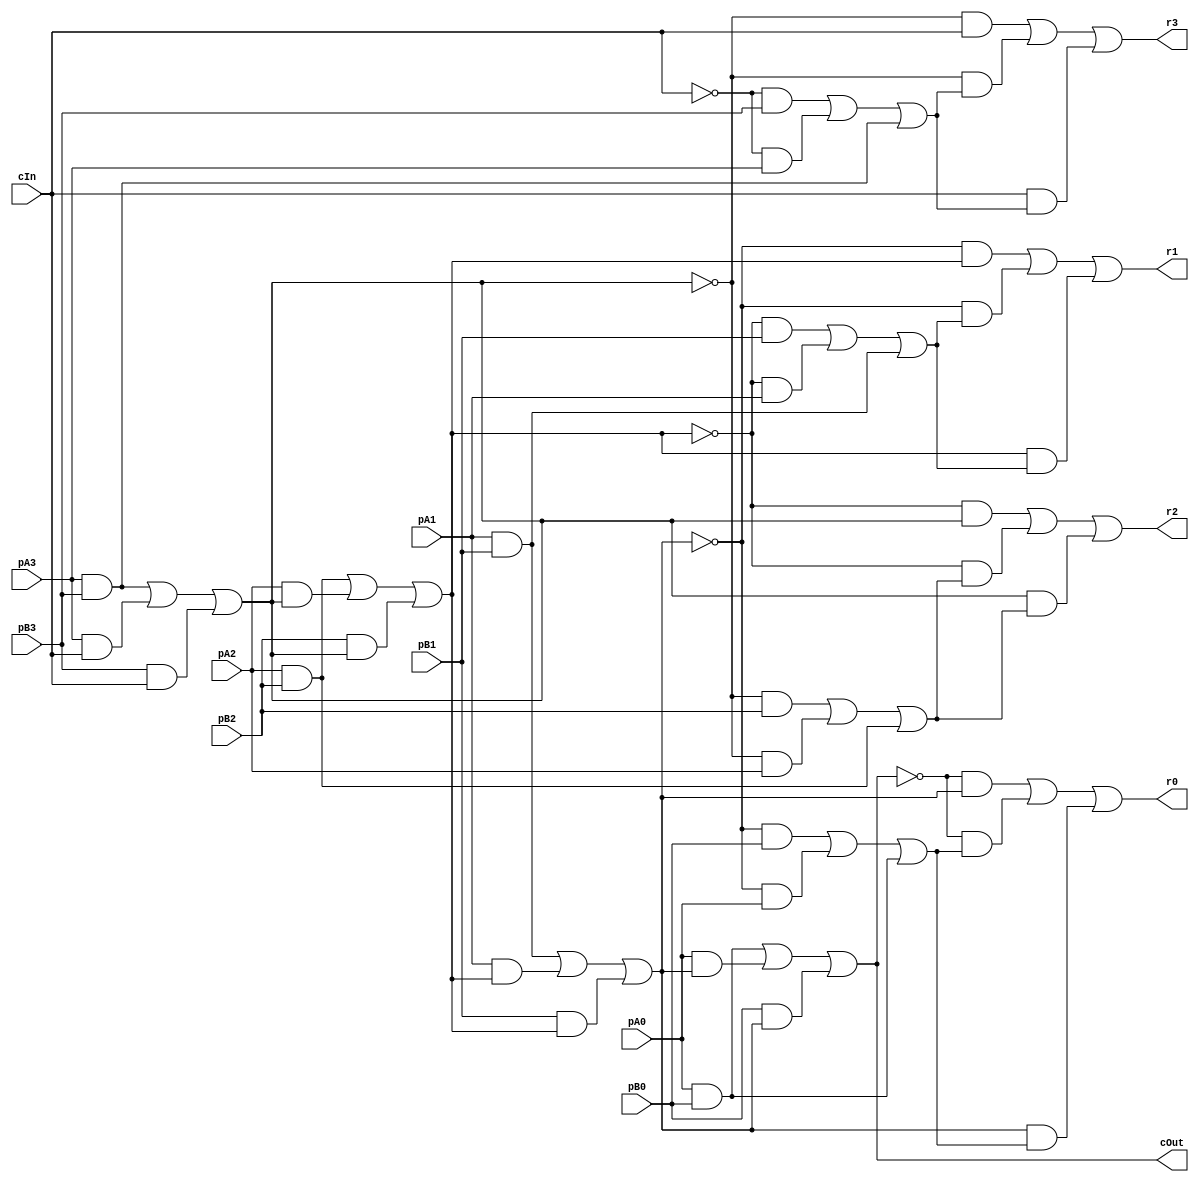

module MajRippleCarryAdder_4(pA3,pA2,pA1,pA0,pB3,pB2,pB1,pB0,r3,r2,r1,r0,cIn, cOut);
input pA3,pA2,pA1,pA0,pB3,pB2,pB1,pB0,cIn;
output r3,r2,r1,r0,cOut;
wire f0,f1,f2,f3,carryX0,carryX1,carryX2,carryX3,carryX4,a0,a1,a2,a3,b0,b1,b2,b3,s0,s1,s2,s3;
assign a0 = pA3;
assign b0 = pB3;
assign r3 = s0;

assign a1 = pA2;
assign b1 = pB2;
assign r2 = s1;

assign a2 = pA1;
assign b2 = pB1;
assign r1 = s2;

assign a3 = pA0;
assign b3 = pB0;
assign r0 = s3;

assign carryX1 = (a0 & b0) | (a0 & carryX0) | (b0 & carryX0);
assign f0 = (~carryX0 & b0) | (~carryX0 & a0) | (b0 & a0);
assign s0 = (~carryX1 & carryX0) | (~carryX1 & f0) | (carryX0 & f0);
assign carryX2 = (a1 & b1) | (a1 & carryX1) | (b1 & carryX1);
assign f1 = (~carryX1 & b1) | (~carryX1 & a1) | (b1 & a1);
assign s1 = (~carryX2 & carryX1) | (~carryX2 & f1) | (carryX1 & f1);
assign carryX3 = (a2 & b2) | (a2 & carryX2) | (b2 & carryX2);
assign f2 = (~carryX2 & b2) | (~carryX2 & a2) | (b2 & a2);
assign s2 = (~carryX3 & carryX2) | (~carryX3 & f2) | (carryX2 & f2);
assign carryX4 = (a3 & b3) | (a3 & carryX3) | (b3 & carryX3);
assign f3 = (~carryX3 & b3) | (~carryX3 & a3) | (b3 & a3);
assign s3 = (~carryX4 & carryX3) | (~carryX4 & f3) | (carryX3 & f3);
assign carryX0 = cIn;
assign cOut = carryX4;
endmodule